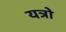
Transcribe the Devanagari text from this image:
यत्रो